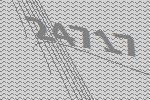
24717